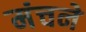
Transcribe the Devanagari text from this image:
मंचने